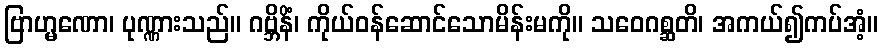
ဗြာဟ္မဏော၊ ပုဏ္ဏားသည်။ ဂဗ္ဘိနိံ၊ ကိုယ်ဝန်ဆောင်သောမိန်းမကို။ သဝေဂစ္ဆတိ၊ အကယ်၍ကပ်အံ့။